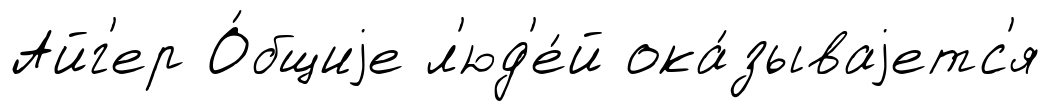
Айг'ер О́бщиjе л'юд'е́й ока́зываjетс'я